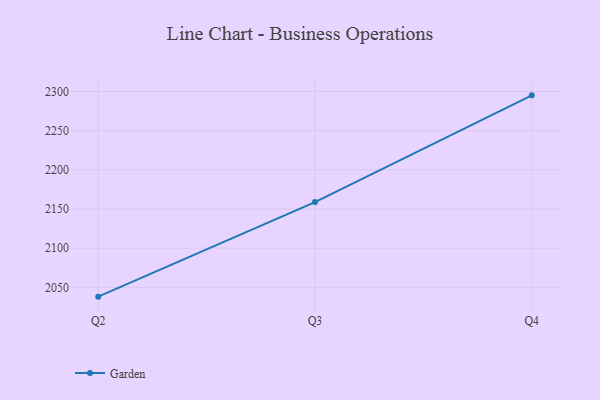
{"axis": {"x": "Quarter", "y": "Revenue (USD Million)"}, "legend": ["Garden"], "data": [{"x": "Q2", "y": 2038.1, "type": "Garden"}, {"x": "Q3", "y": 2158.8, "type": "Garden"}, {"x": "Q4", "y": 2295.0, "type": "Garden"}]}